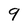
Character: 9